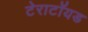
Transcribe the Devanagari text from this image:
टेराटॉयड